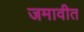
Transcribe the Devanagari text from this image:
जमावीत